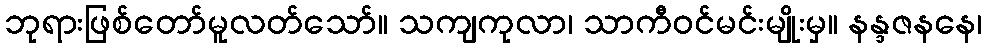
ဘုရားဖြစ်တော်မူလတ်သော်။ သကျကုလာ၊ သာကီဝင်မင်းမျိုးမှ။ နန္ဒဇနနေ၊